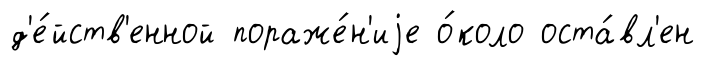
д'е́йств'енной пораже́н'иjе о́коло оста́вл'ен